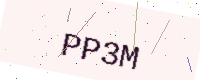
Text: PP3M